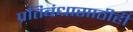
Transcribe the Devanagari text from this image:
प्रतिबंधासाठीही